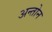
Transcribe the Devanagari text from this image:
अन्तोन